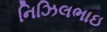
નિઝિલભાઇ